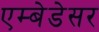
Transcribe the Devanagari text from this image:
एम्बेडेसर